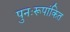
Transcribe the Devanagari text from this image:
पुनःरूपांकित